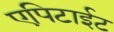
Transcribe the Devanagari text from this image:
एपिटाईट